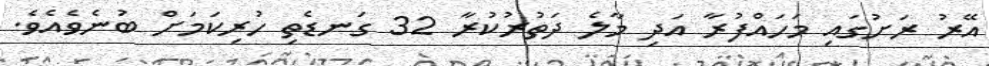
އޭރު ރަށުގައި މަހައްފުރާ އަދި މާލެ ދަތުރުކުރާ 32 ގަނޑެތި ހުރިކަމަށް ބުނެވެއެވެ.